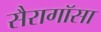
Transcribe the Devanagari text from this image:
सैरागॉसा